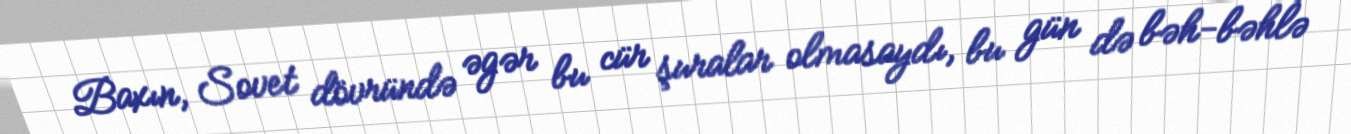
Baxın, Sovet dövründə əgər bu cür şuralar olmasaydı, bu gün də bəh-bəhlə